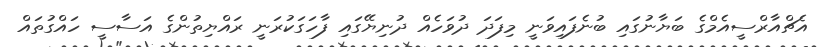
އެޗްއާރްސީއެމްގެ ބަޔާނުގައި ބުނެފައިވަނީ މިފަދަ ދުވަހެއް ދުނިޔޭގައި ފާހަގަކުރަނީ ރައްޔިތުންގެ އަސާސީ ހައްގުތައް